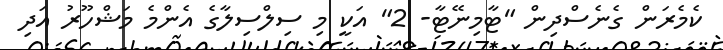
ކެމެރަން ގެނެސްދިން "ޓާމިނޭޓާ- 2" އަކީ މި ސިލްސިލާގެ އެންމެ މަޝްހޫރު އަދި